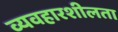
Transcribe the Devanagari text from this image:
व्यवहारशीलता